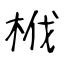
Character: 栰